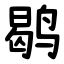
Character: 鹖